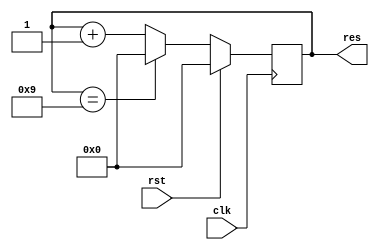
module Mod10_behav(clk,res,rst);
input clk,rst;
output reg[3:0] res;
always @(posedge clk) begin
    if(rst==1'b1)res<=4'b0000;
    else if(res==4'b1001) res<=4'b0000;
    else res<=res+1;
end
endmodule